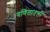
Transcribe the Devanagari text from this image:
गणितातला